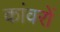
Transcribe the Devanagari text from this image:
कांवरों